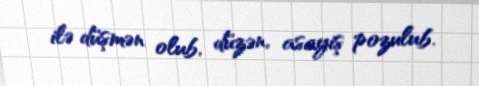
ilə düşmən olub, düzən, asayiş pozulub.